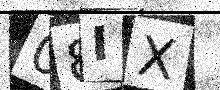
Text: 08IX